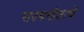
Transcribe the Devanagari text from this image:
राज्यगीताचे